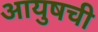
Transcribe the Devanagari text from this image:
आयुषची